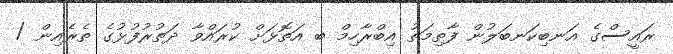
ރައީސްގެ އަނބިކަނބަލުން ފާތިމަތު އިބްރާހިމް ބ އަތޮޅަށް ކުރައްވާ ދަތުރުފުޅުގެ ތެރެއިން /